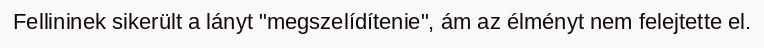
Fellininek sikerült a lányt "megszelídítenie", ám az élményt nem felejtette el.